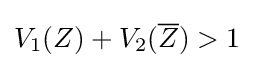
V_{1}(Z)+V_{2}({\overline {Z}})>1